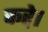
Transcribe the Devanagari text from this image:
करे़।